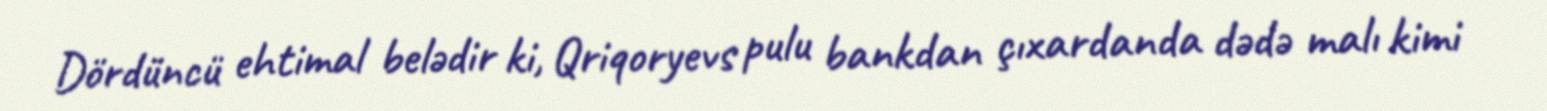
Dördüncü ehtimal belədir ki, Qriqoryevs pulu bankdan çıxardanda dədə malı kimi